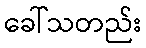
ခေါ်သတည်း